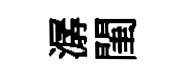
潺閨